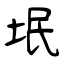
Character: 垊